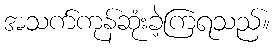
အသက်ကုန်ဆုံးခဲ့ကြရသည်။